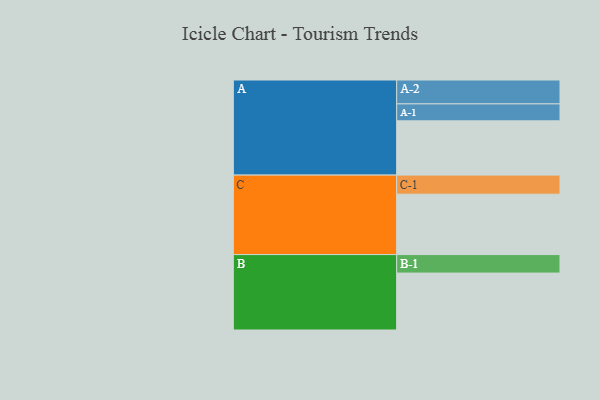
{"axis": {"x": "Segment", "y": "Value"}, "legend": ["", "A", "B", "C"], "data": [{"x": "A", "y": 493, "type": ""}, {"x": "B", "y": 517, "type": ""}, {"x": "C", "y": 549, "type": ""}, {"x": "A-1", "y": 154, "type": "A"}, {"x": "A-2", "y": 217, "type": "A"}, {"x": "B-1", "y": 168, "type": "B"}, {"x": "C-1", "y": 173, "type": "C"}]}